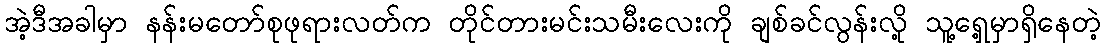
အဲ့ဒီအခါမှာ နန်းမတော်စုဖုရားလတ်က တိုင်တားမင်းသမီးလေးကို ချစ်ခင်လွန်းလို့ သူ့ရှေ့မှာရှိနေတဲ့